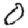
Digit: 0